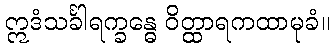
ဣဒံသင်္ခါရက္ခန္ဓေ ဝိတ္ထာရကထာမုခံ။